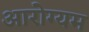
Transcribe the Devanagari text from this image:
आरोग्यम